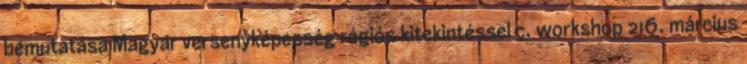
bemutatása Magyar versenyképesség régiós kitekintéssel c. workshop 216. március